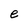
Character: e